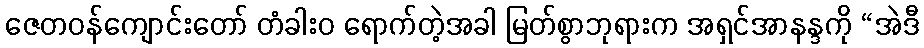
ဇေတဝန်ကျောင်းတော် တံခါးဝ ရောက်တဲ့အခါ မြတ်စွာဘုရားက အရှင်အာနန္ဒကို “အဲဒီ